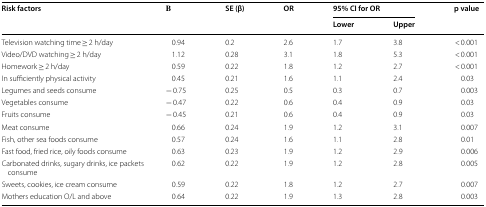
<table><thead><tr><td rowspan="2"><b>Risk factors</b></td><td rowspan="2"><b>Β</b></td><td rowspan="2"><b>SE (β)</b></td><td rowspan="2"><b>OR</b></td><td colspan="2"><b>95% CI for OR</b></td><td rowspan="2"><b>p value</b></td></tr><tr><td><b>Lower</b></td><td><b>Upper</b></td></tr></thead><tbody><tr><td>Television watching time ≥ 2 h/day</td><td>0.94</td><td>0.2</td><td>2.6</td><td>1.7</td><td>3.8</td><td>&lt; 0.001</td></tr><tr><td>Video/DVD watching ≥ 2 h/day</td><td>1.12</td><td>0.28</td><td>3.1</td><td>1.8</td><td>5.3</td><td>&lt; 0.001</td></tr><tr><td>Homework ≥ 2 h/day</td><td>0.59</td><td>0.22</td><td>1.8</td><td>1.2</td><td>2.7</td><td>&lt; 0.001</td></tr><tr><td>In sufficiently physical activity</td><td>0.45</td><td>0.21</td><td>1.6</td><td>1.1</td><td>2.4</td><td>0.03</td></tr><tr><td>Legumes and seeds consume</td><td>− 0.75</td><td>0.25</td><td>0.5</td><td>0.3</td><td>0.7</td><td>0.003</td></tr><tr><td>Vegetables consume</td><td>− 0.47</td><td>0.22</td><td>0.6</td><td>0.4</td><td>0.9</td><td>0.03</td></tr><tr><td>Fruits consume</td><td>− 0.45</td><td>0.21</td><td>0.6</td><td>0.4</td><td>0.9</td><td>0.03</td></tr><tr><td>Meat consume</td><td>0.66</td><td>0.24</td><td>1.9</td><td>1.2</td><td>3.1</td><td>0.007</td></tr><tr><td>Fish, other sea foods consume</td><td>0.57</td><td>0.24</td><td>1.6</td><td>1.1</td><td>2.8</td><td>0.01</td></tr><tr><td>Fast food, fried rice, oily foods consume</td><td>0.63</td><td>0.23</td><td>1.9</td><td>1.2</td><td>2.9</td><td>0.006</td></tr><tr><td>Carbonated drinks, sugary drinks, ice packets consume</td><td>0.62</td><td>0.22</td><td>1.9</td><td>1.2</td><td>2.8</td><td>0.005</td></tr><tr><td>Sweets, cookies, ice cream consume</td><td>0.59</td><td>0.22</td><td>1.8</td><td>1.2</td><td>2.7</td><td>0.007</td></tr><tr><td>Mothers education O/L and above</td><td>0.64</td><td>0.22</td><td>1.9</td><td>1.3</td><td>2.8</td><td>0.003</td></tr></tbody></table>